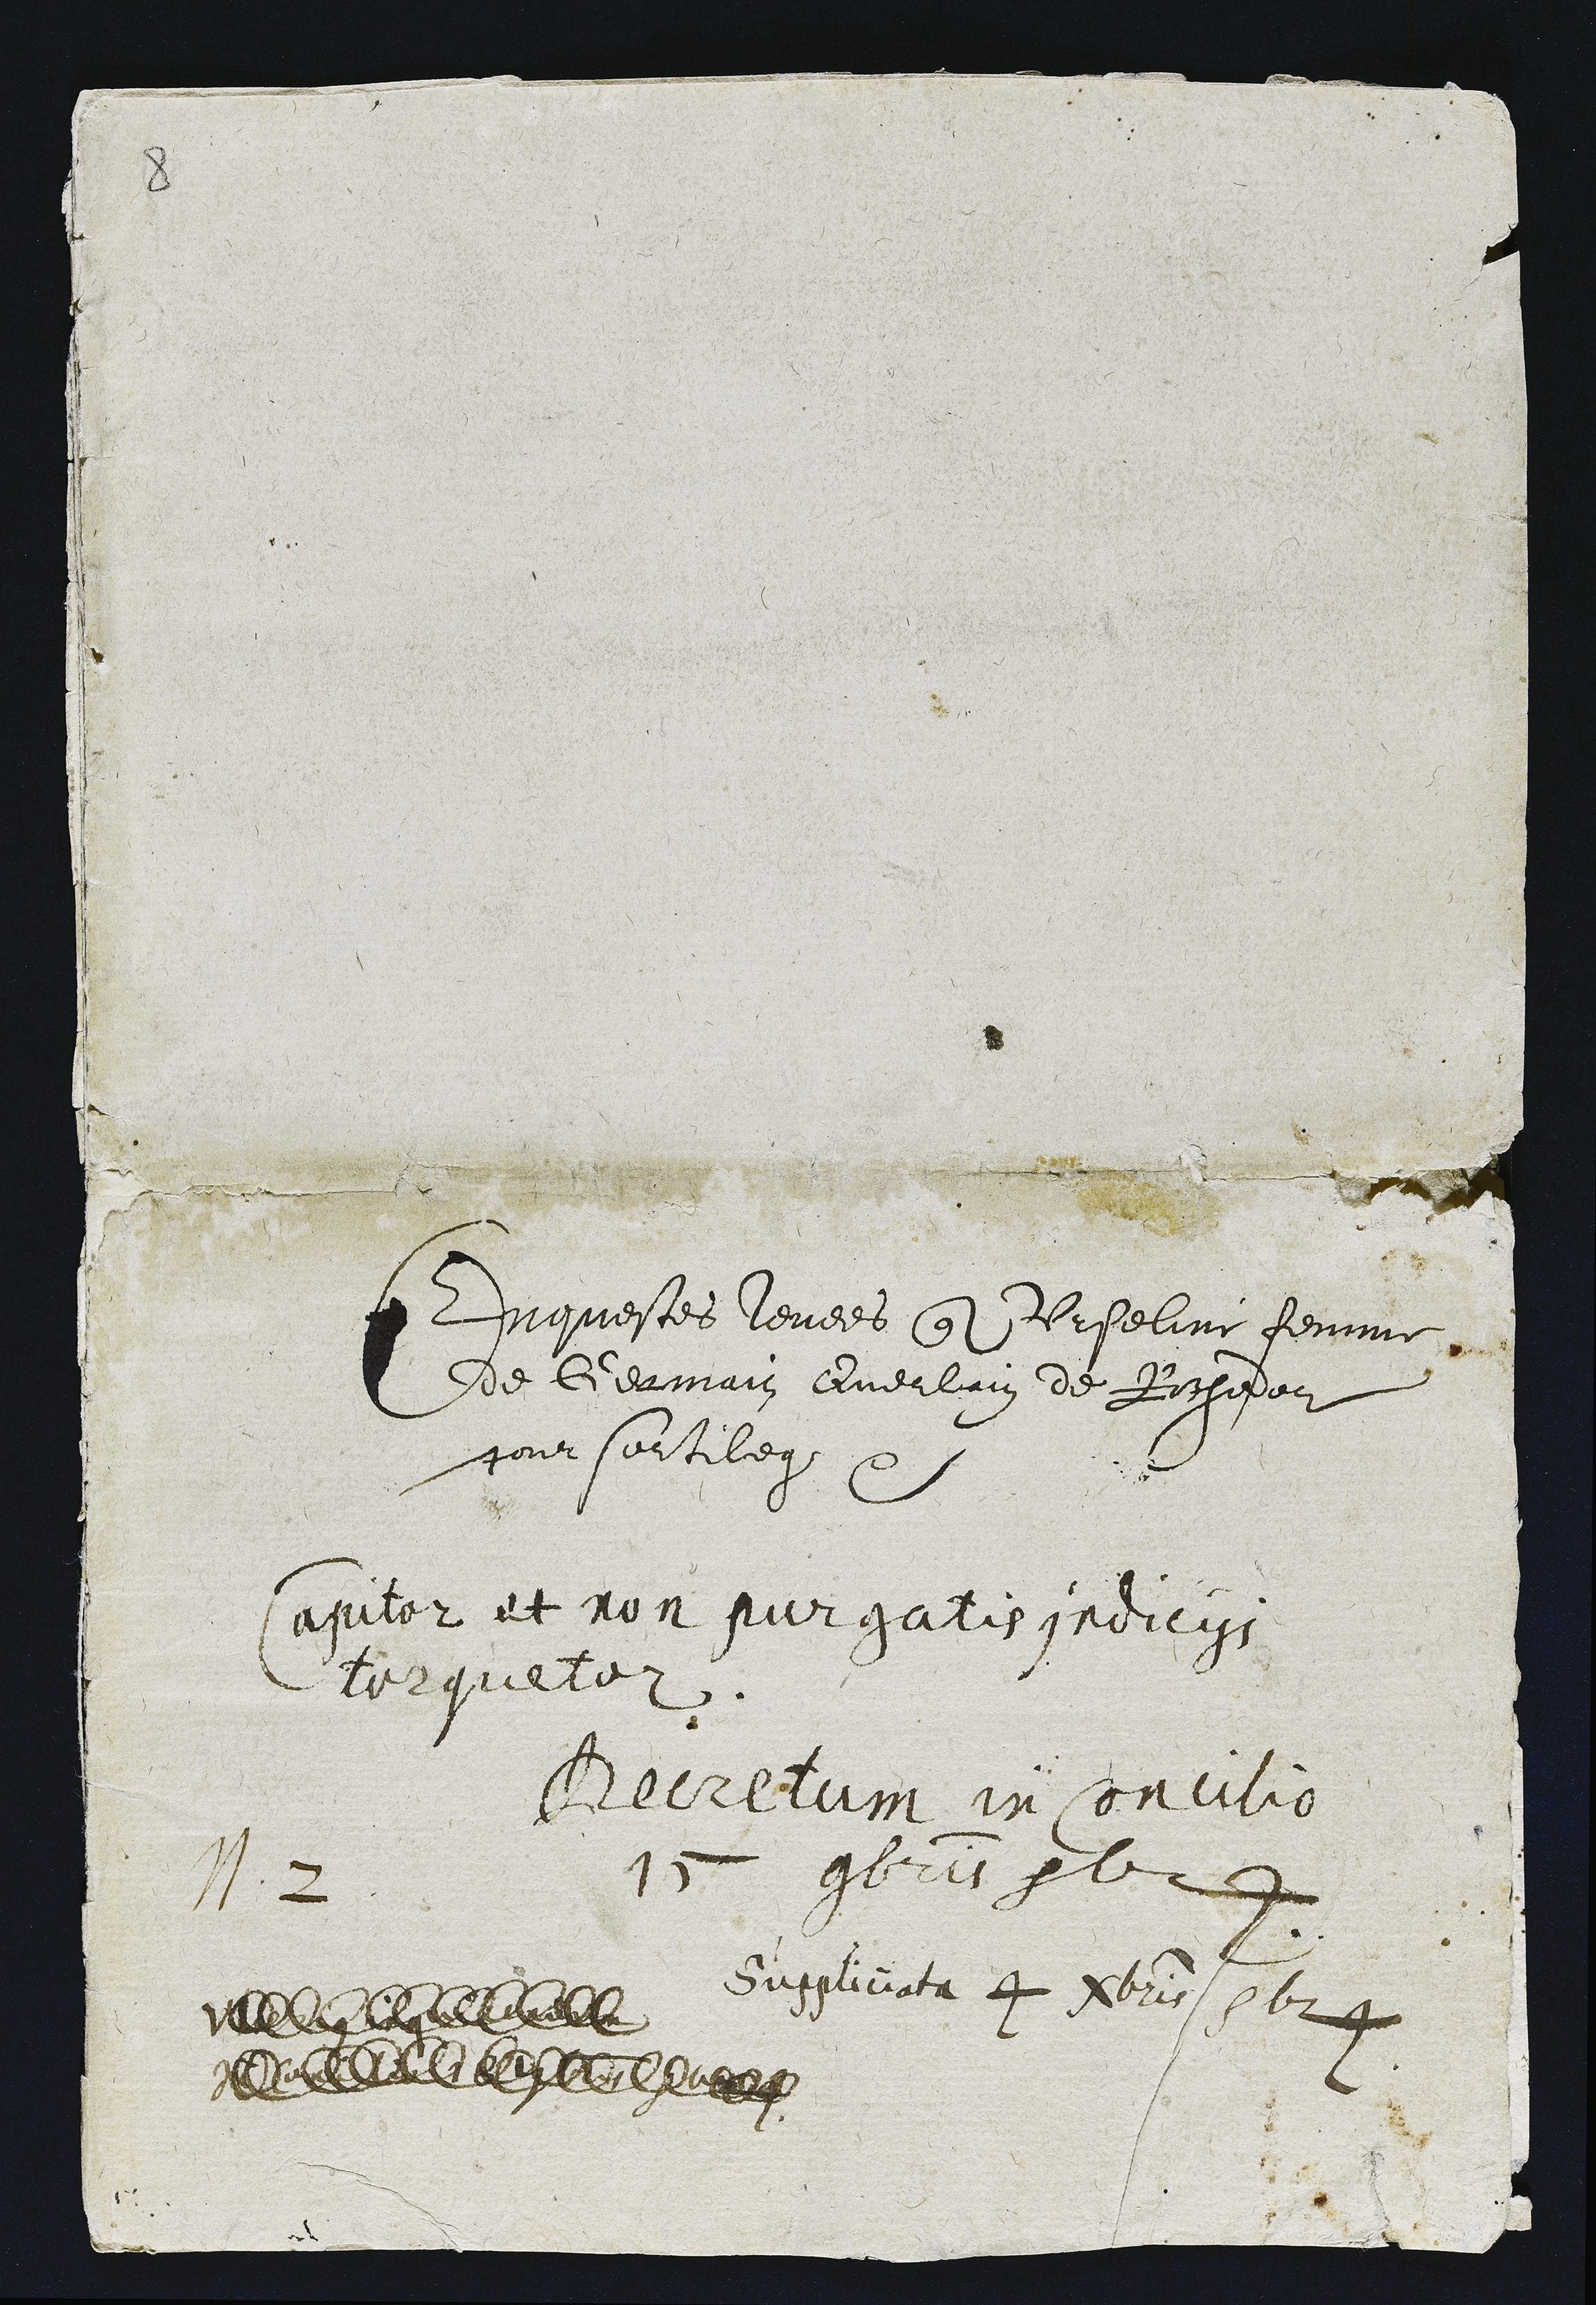
P 2

Enquestes levees que Urseline femme
de Germain Querlain de Rochefor
pour sortilegeet

sapiter at non purgatis indicigs
lorqueter.

Becretum in Concilion
15 9bris ple

suspliciata 4 Mbris 1124